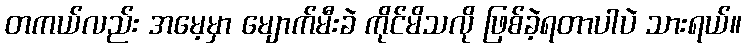
တကယ်လည်း အမေ့မှာ မျောက်မီးခဲ ကိုင်မိသလို ဖြစ်ခဲ့ရတာပါပဲ သားရယ်။